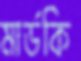
মার্ডকি